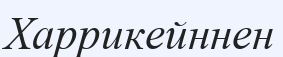
Харрикейннен